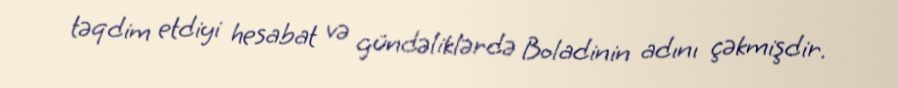
təqdim etdiyi hesabat və gündəliklərdə Boladinin adını çəkmişdir.